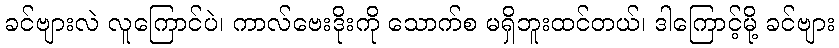
ခင်ဗျားလဲ လူကြောင်ပဲ၊ ကာလ်ဗေးဒိုးကို သောက်စ မရှိဘူးထင်တယ်၊ ဒါကြောင့်မို့ ခင်ဗျား